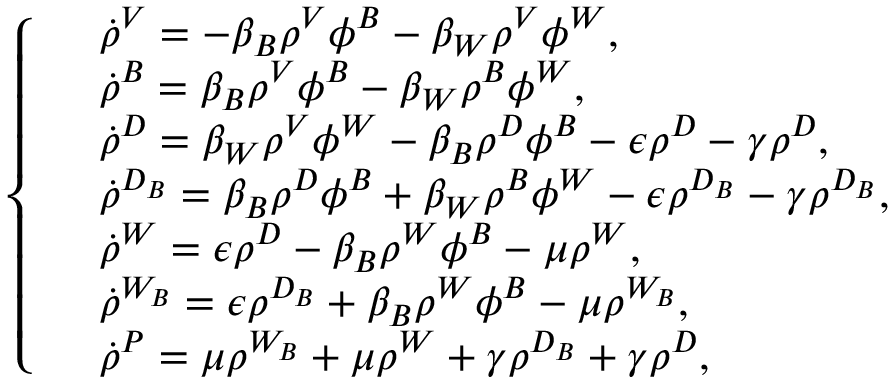
\left\{ \begin{array} { l l } & { \dot { \rho } ^ { V } = - \beta _ { B } \rho ^ { V } \phi ^ { B } - \beta _ { W } \rho ^ { V } \phi ^ { W } , } \\ & { \dot { \rho } ^ { B } = \beta _ { B } \rho ^ { V } \phi ^ { B } - \beta _ { W } \rho ^ { B } \phi ^ { W } , } \\ & { \dot { \rho } ^ { D } = \beta _ { W } \rho ^ { V } \phi ^ { W } - \beta _ { B } \rho ^ { D } \phi ^ { B } - \epsilon \rho ^ { D } - \gamma \rho ^ { D } , } \\ & { \dot { \rho } ^ { D _ { B } } = \beta _ { B } \rho ^ { D } \phi ^ { B } + \beta _ { W } \rho ^ { B } \phi ^ { W } - \epsilon \rho ^ { D _ { B } } - \gamma \rho ^ { D _ { B } } , } \\ & { \dot { \rho } ^ { W } = \epsilon \rho ^ { D } - \beta _ { B } \rho ^ { W } \phi ^ { B } - \mu \rho ^ { W } , } \\ & { \dot { \rho } ^ { W _ { B } } = \epsilon \rho ^ { D _ { B } } + \beta _ { B } \rho ^ { W } \phi ^ { B } - \mu \rho ^ { W _ { B } } , } \\ & { \dot { \rho } ^ { P } = \mu \rho ^ { W _ { B } } + \mu \rho ^ { W } + \gamma \rho ^ { D _ { B } } + \gamma \rho ^ { D } , } \end{array} \right.